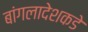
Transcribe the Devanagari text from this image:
बांगलादेशकडे